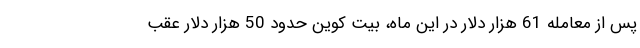
پس از معامله 61 هزار دلار در این ماه، بیت کوین حدود 50 هزار دلار عقب